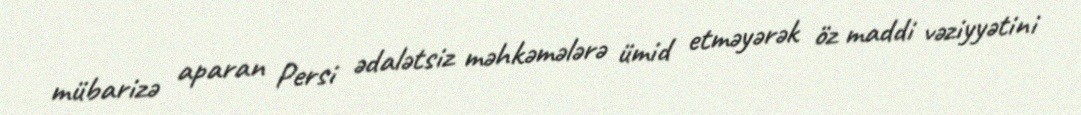
mübarizə aparan Persi ədalətsiz məhkəmələrə ümid etməyərək öz maddi vəziyyətini